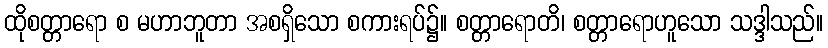
ထိုစတ္တာရော စ မဟာဘူတာ အစရှိသော စကားရပ်၌။ စတ္တာရောတိ၊ စတ္တာရောဟူသော သဒ္ဒါသည်။